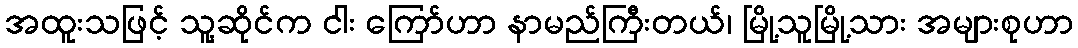
အထူးသဖြင့် သူ့ဆိုင်က ငါး ကြော်ဟာ နာမည်ကြီးတယ်၊ မြို့သူမြို့သား အများစုဟာ